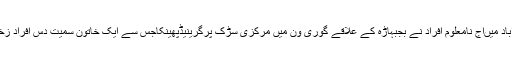
ضلع اسلام آباد میںآج نامعلوم افراد نے بجبہاڑہ کے علاقے گوری ون میں مرکزی سڑک پرگرینیڈپھینکاجس سے ایک خاتون سمیت دس افراد زخمی ہوگئے۔